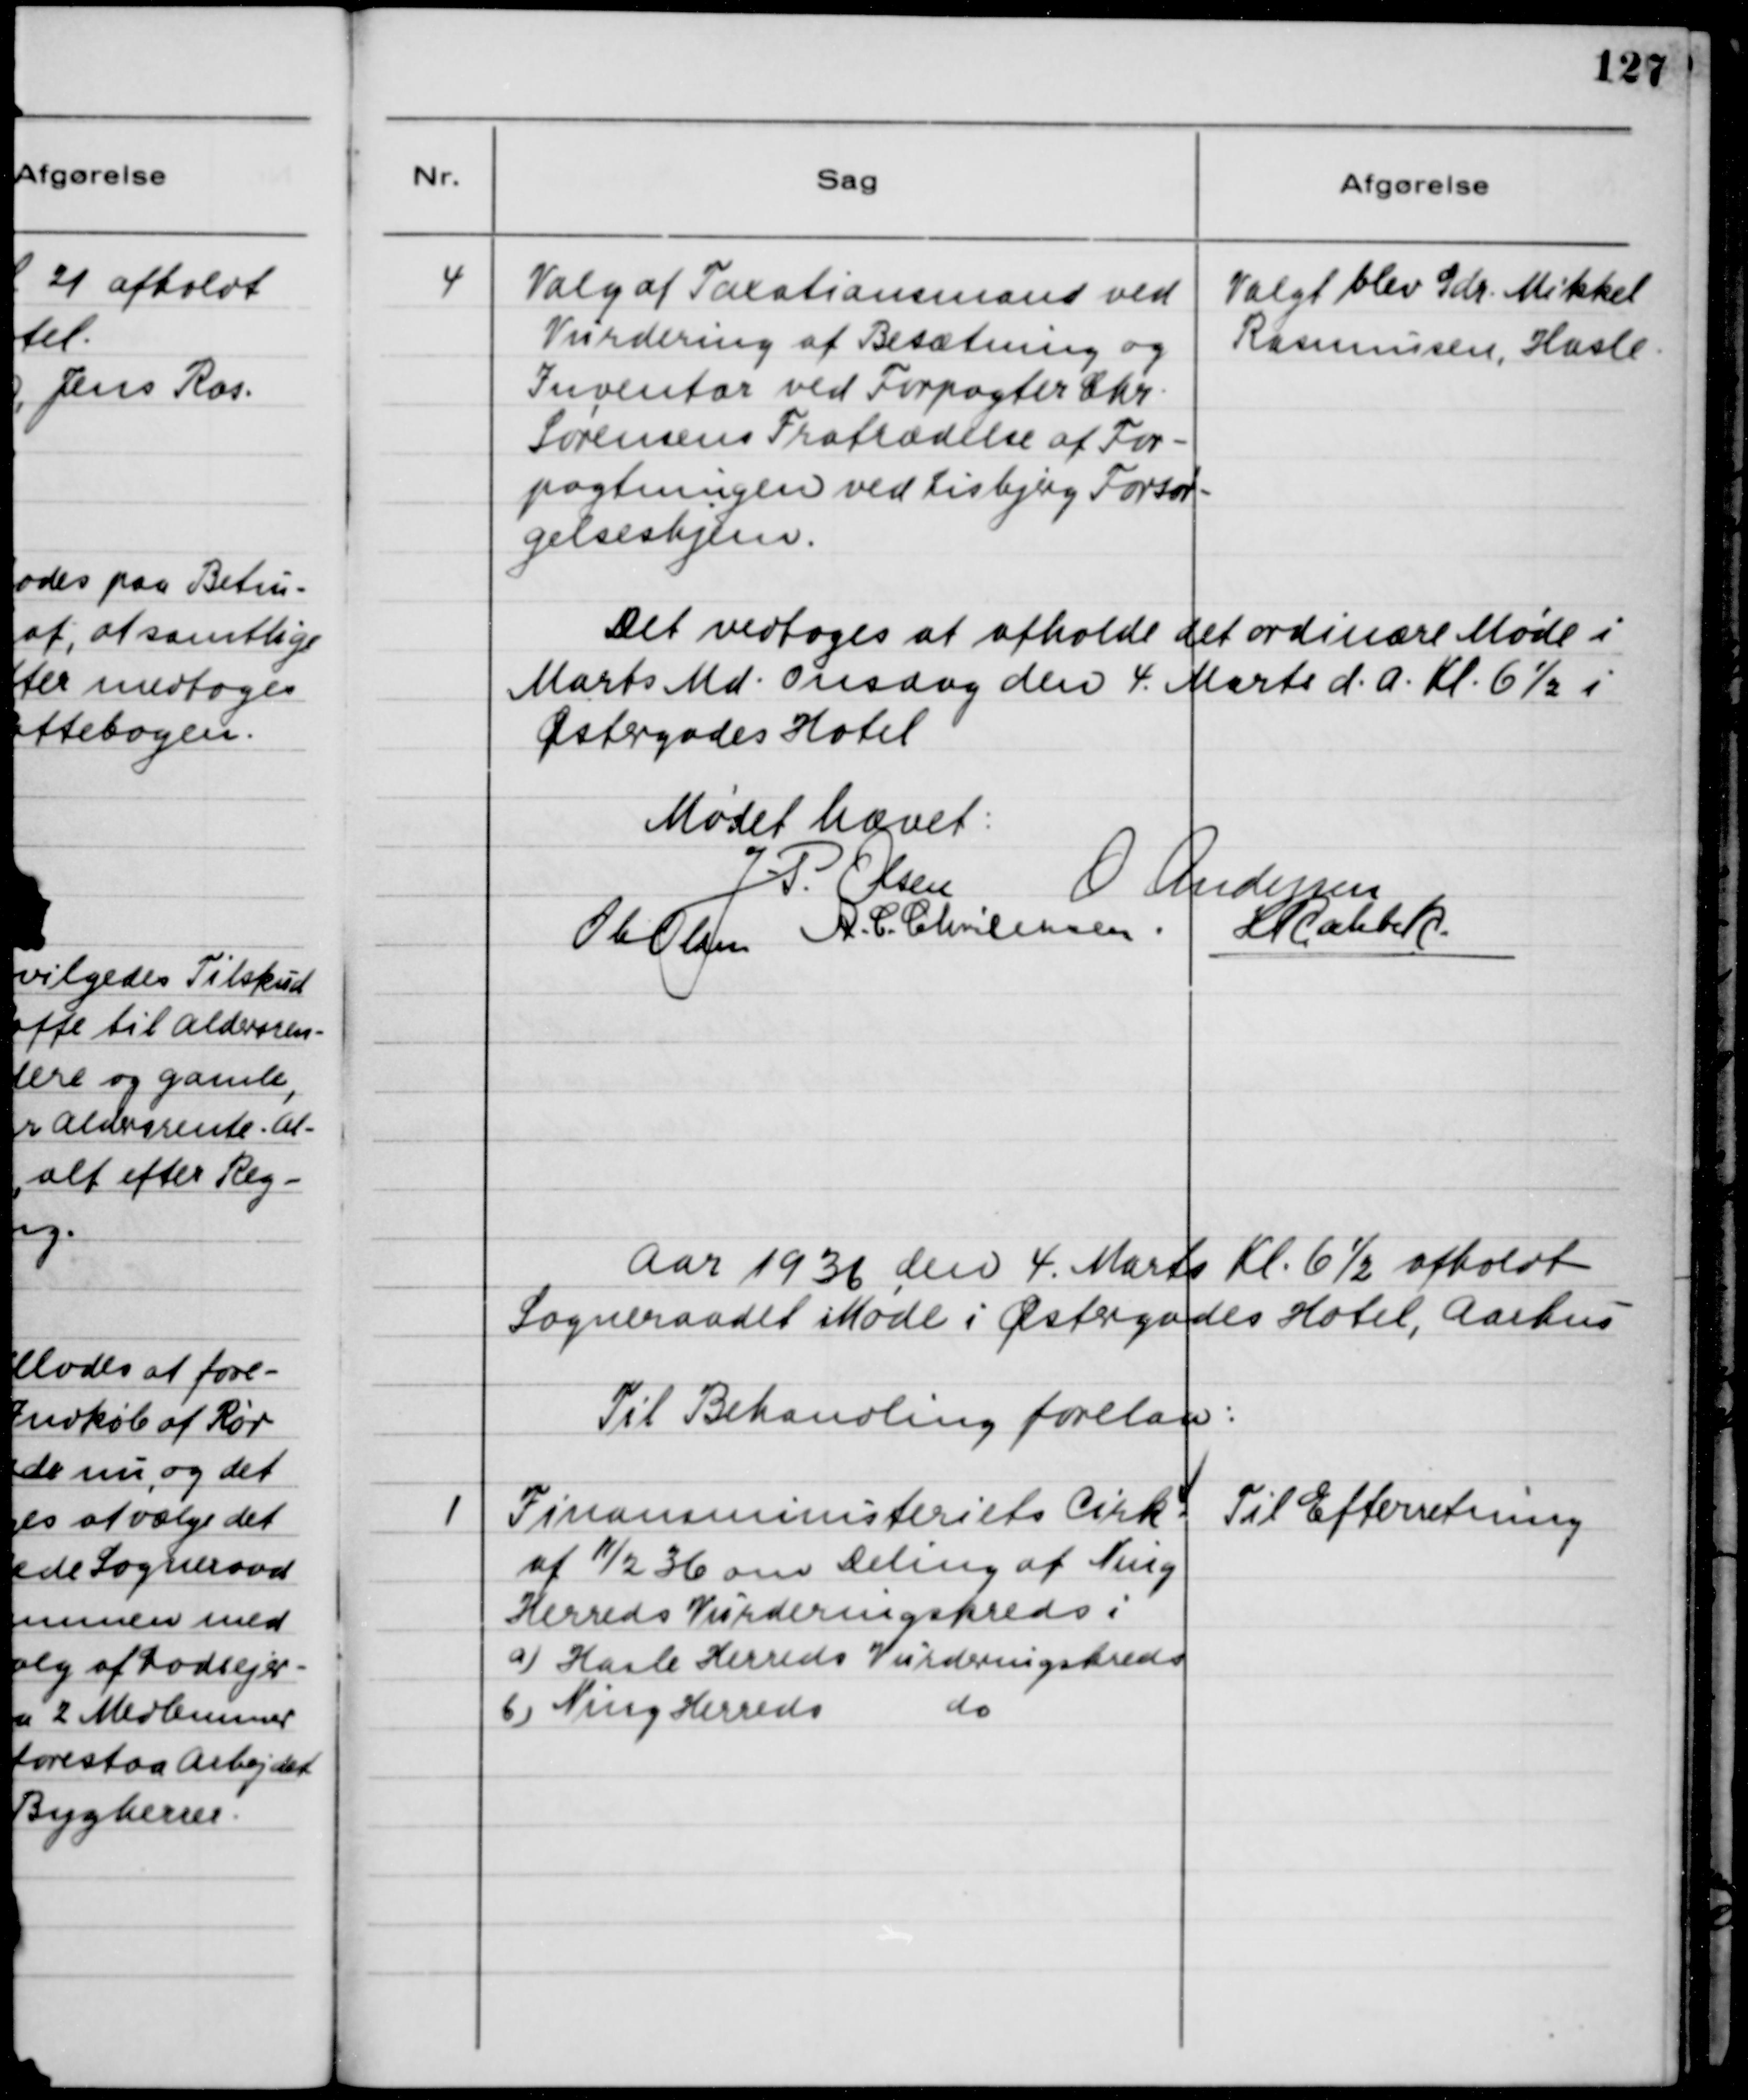
Transskription:
4
Valg af Taxationsmand ved
Vurdering af Besætning og
Inventar ved Forpagter Chr.
Sørensens Fratrædelse af For-
pagtningen ved Lisbjerg Forsør-
gelseshjem.
Valgt blev Gdr. Mikkel
Rasmussen, Hasle.
Det vedtoges at afholde det ordinære Møde i
Marts Md. Onsdag den 4. Marts d.A. Kl. 6½ i
Østergades Hotel
Mødet hævet:
J P Olsen
O Andersen
Ole Olsen
A.C. Christensen
H Rahbek
Aar 1936 den 4. Marts Kl. 6½ afholdt
Sogneraadet Møde i Østergades Hotel, Aarhus
Til Behandling forelaa:
1
Finansministeriets Cirk.
af 11/2 36 om deling af Ning
Herreds Vurderingskreds i
a) Hasle Herreds Vurderingskreds
b) Ning Herreds do.
Til Efterretning